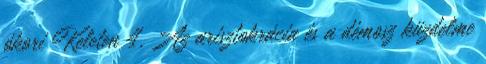
ókori Keleten 4. Az arisztokrácia és a démosz küzdelme